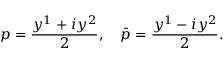
p = \frac { y ^ { 1 } + i y ^ { 2 } } { 2 } , \quad \bar { p } = \frac { y ^ { 1 } - i y ^ { 2 } } { 2 } .